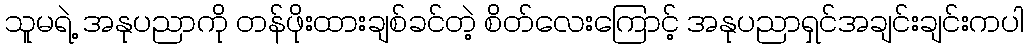
သူမရဲ့ အနုပညာကို တန်ဖိုးထားချစ်ခင်တဲ့ စိတ်လေးကြောင့် အနုပညာရှင်အချင်းချင်းကပါ